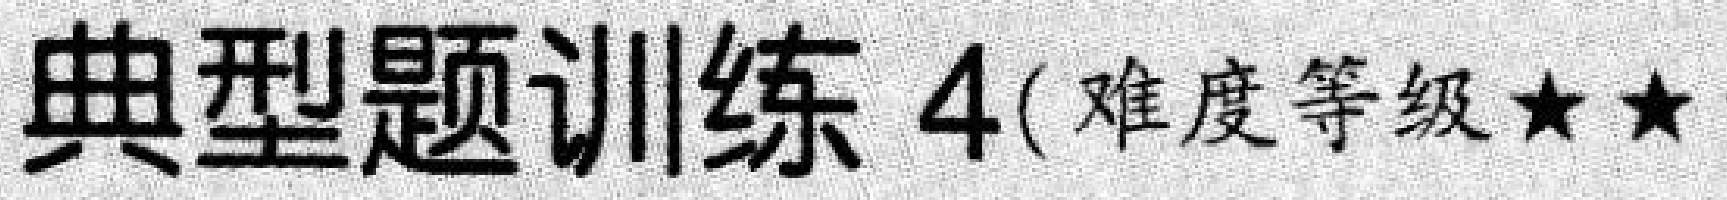
典型题训练 \(4\)(难度等级\(★★\))